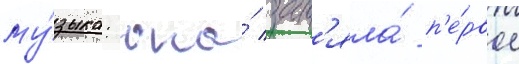
му́зыка: она́ зан'яла́ п'е́рвое